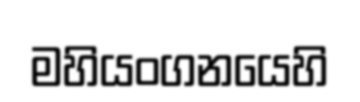
මහියංගනයෙහි